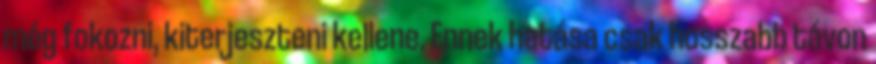
még fokozni, kiterjeszteni kellene. Ennek hatása csak hosszabb távon